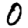
Digit: 0